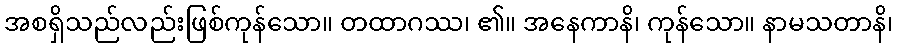
အစရှိသည်လည်းဖြစ်ကုန်သော။ တထာဂဿ၊ ၏။ အနေကာနိ၊ ကုန်သော။ နာမသတာနိ၊